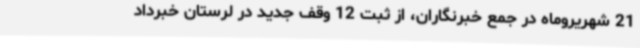
21 شهریروماه در جمع خبرنگاران، از ثبت 12 وقف جدید در لرستان خبرداد